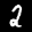
Label: 2